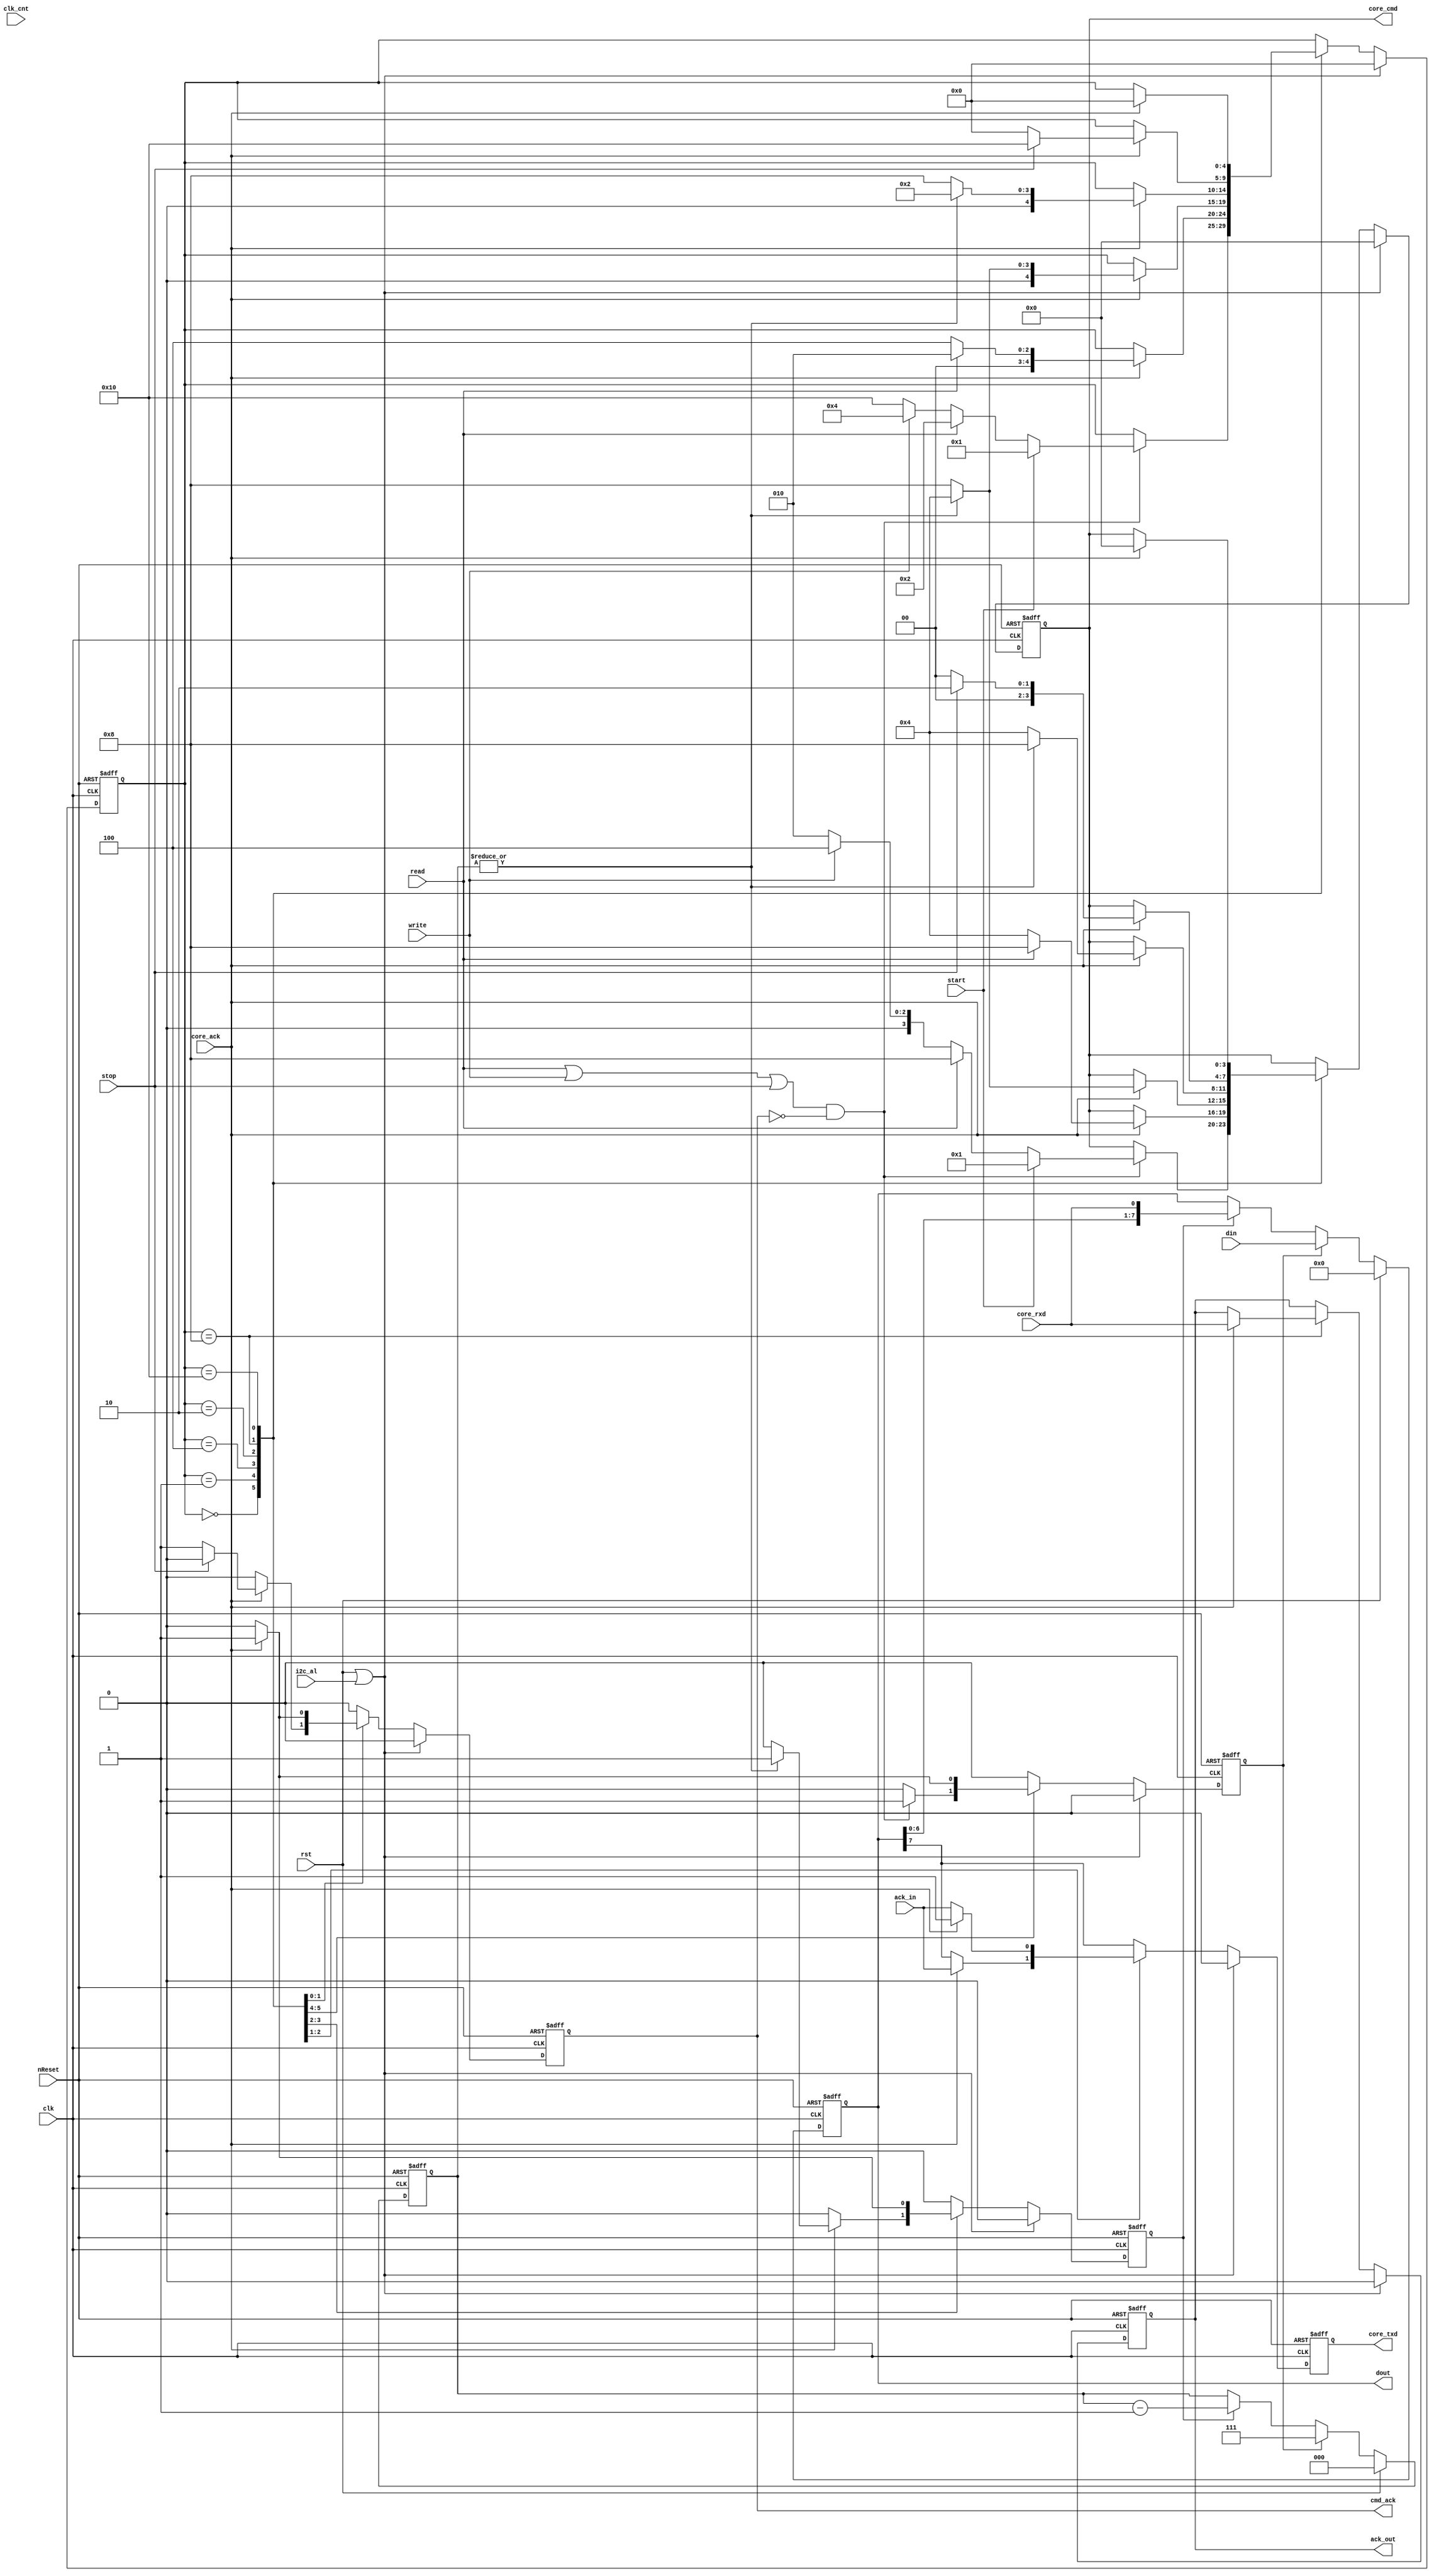
//   ==================================================================
//   >>>>>>>>>>>>>>>>>>>>>>> COPYRIGHT NOTICE <<<<<<<<<<<<<<<<<<<<<<<<<
//   ------------------------------------------------------------------
//   Copyright (c) 2013 by Lattice Semiconductor Corporation
//   ALL RIGHTS RESERVED 
//   ------------------------------------------------------------------
//
//   Permission:
//
//      Lattice SG Pte. Ltd. grants permission to use this code
//      pursuant to the terms of the Lattice Reference Design License Agreement. 
//
//
//   Disclaimer:
//
//      This VHDL or Verilog source code is intended as a design reference
//      which illustrates how these types of functions can be implemented.
//      It is the user's responsibility to verify their design for
//      consistency and functionality through the use of formal
//      verification methods.  Lattice provides no warranty
//      regarding the use or functionality of this code.
//
//   --------------------------------------------------------------------
//
//                  Lattice SG Pte. Ltd.
//                  101 Thomson Road, United Square #07-02 
//                  Singapore 307591
//
//
//                  TEL: 1-800-Lattice (USA and Canada)
//                       +65-6631-2000 (Singapore)
//                       +1-503-268-8001 (other locations)
//
//                  web: http://www.latticesemi.com/
//
//   --------------------------------------------------------------------
//  CVS Log
//
//  $Id: RD#RD1046#source#verilog#i2c_master_byte_ctrl.v,v 1.6 2013-10-10 07:45:06-07 vpatil Exp $
//
//  $Date: 2013-10-10 07:45:06-07 $
//  $Revision: 1.6 $
//  $Author: vpatil $
//  $Locker:  $
//  $State: Exp $
//
// Change History:
//               $Log: RD#RD1046#source#verilog#i2c_master_byte_ctrl.v,v $
//               Revision 1.6  2013-10-10 07:45:06-07  vpatil
//               Updated header.
//
//               Revision 1.5  2013-10-10 07:44:14-07  vpatil
//               ...No comments entered during checkin...
//
//               Revision 1.4  2013-07-04 02:55:59-07  lsccad
//               Automatically checked in.
//
//               Revision 1.7  2004/02/18 11:40:46  rherveille
//               Fixed a potential bug in the statemachine. During a 'stop' 2 cmd_ack signals were generated. Possibly canceling a new start command.
//
//               Revision 1.6  2003/08/09 07:01:33  rherveille
//               Fixed a bug in the Arbitration Lost generation caused by delay on the (external) sda line.
//               Fixed a potential bug in the byte controller's host-acknowledge generation.
//
//               Revision 1.5  2002/12/26 15:02:32  rherveille
//               Core is now a Multimaster I2C controller
//
//               Revision 1.4  2002/11/30 22:24:40  rherveille
//               Cleaned up code
//
//               Revision 1.3  2001/11/05 11:59:25  rherveille
//               Fixed wb_ack_o generation bug.
//               Fixed bug in the byte_controller statemachine.
//               Added headers.
//
//-------------------------------------------------------------------------
// Code Revision History (LSC) :
//-------------------------------------------------------------------------
// Ver: | Author	|Mod. Date	|Changes Made:
// V2.0 | CM		|12/2008        |move bit controller to master_top
//					|output core_cmd, core_txd to bit cntrl
//					|input core_ack, core_rxd from bit cntrl
//					|remove signals for bit cntrl
//-------------------------------------------------------------------------

// synopsys translate_off
//`include "..\..\testbench\verilog\timescale.v"
//`include "timescale.v"
`timescale 1ns / 10ps
// synopsys translate_on

//`include "i2c_master_defines.v"
`define I2C_CMD_NOP   4'b0000
`define I2C_CMD_START 4'b0001
`define I2C_CMD_STOP  4'b0010
`define I2C_CMD_WRITE 4'b0100
`define I2C_CMD_READ  4'b1000

module i2c_master_byte_ctrl (
	clk, rst, nReset, //ena, 
	clk_cnt, start, stop, read, write, ack_in, din,
	cmd_ack, ack_out, dout, //i2c_busy, 
	i2c_al, 
	//scl_i, scl_o, scl_oen, sda_i, sda_o, sda_oen, 
	core_cmd, core_txd, core_rxd, core_ack );

	//
	// inputs & outputs
	//
	input clk;     // master clock
	input rst;     // synchronous active high reset
	input nReset;  // asynchronous active low reset
	//input ena;     // core enable signal

	input [15:0] clk_cnt; // 4x SCL

	// control inputs
	input       start;
	input       stop;
	input       read;
	input       write;
	input       ack_in;
	input [7:0] din;

	// status outputs
	output       cmd_ack;
	reg cmd_ack;
	output       ack_out;
	reg ack_out;
	//output       i2c_busy;
	input       i2c_al;  // i2c_al is output from bit cntrl, but input to byte cntrl now
	output [7:0] dout;

	// I2C signals
	/*input  scl_i;
	output scl_o;
	output scl_oen;
	input  sda_i;
	output sda_o;
	output sda_oen;*/

	// signals for bit_controller
	output  [3:0] core_cmd;
	output        core_txd;
	input         core_ack, core_rxd;

	//
	// Variable declarations
	//

	// statemachine
	parameter [4:0] ST_IDLE  = 5'b0_0000;
	parameter [4:0] ST_START = 5'b0_0001;
	parameter [4:0] ST_READ  = 5'b0_0010;
	parameter [4:0] ST_WRITE = 5'b0_0100;
	parameter [4:0] ST_ACK   = 5'b0_1000;
	parameter [4:0] ST_STOP  = 5'b1_0000;

	// signals for bit_controller
	reg  [3:0] core_cmd;
	reg        core_txd;
	////wire       core_ack, core_rxd;

	// signals for shift register
	reg [7:0] sr; //8bit shift register
	reg       shift, ld;

	// signals for state machine
	wire       go;
	reg  [2:0] dcnt;
	wire       cnt_done;

	//
	// Module body
	//

/*	// hookup bit_controller
	i2c_master_bit_ctrl bit_controller (
		.clk     ( clk      ),
		.rst     ( rst      ),
		.nReset  ( nReset   ),
		.ena     ( ena      ),
		.clk_cnt ( clk_cnt  ),
		.cmd     ( core_cmd ),
		.cmd_ack ( core_ack ),
		.busy    ( i2c_busy ),
		.al      ( i2c_al   ),
		.din     ( core_txd ),
		.dout    ( core_rxd ),
		.scl_i   ( scl_i    ),
		.scl_o   ( scl_o    ),
		.scl_oen ( scl_oen  ),
		.sda_i   ( sda_i    ),
		.sda_o   ( sda_o    ),
		.sda_oen ( sda_oen  )
	); */

	// generate go-signal
	assign go = (read | write | stop) & ~cmd_ack;

	// assign dout output to shift-register
	assign dout = sr;

	// generate shift register
	always @(posedge clk or negedge nReset)
	  if (!nReset)
	    sr <= #1 8'h0;
	  else if (rst)
	    sr <= #1 8'h0;
	  else if (ld)
	    sr <= #1 din;
	  else if (shift)
	    sr <= #1 {sr[6:0], core_rxd};

	// generate counter
	always @(posedge clk or negedge nReset)
	  if (!nReset)
	    dcnt <= #1 3'h0;
	  else if (rst)
	    dcnt <= #1 3'h0;
	  else if (ld)
	    dcnt <= #1 3'h7;
	  else if (shift)
	    dcnt <= #1 dcnt - 3'h1;

	assign cnt_done = ~(|dcnt);

	//
	// state machine
	//
	reg [4:0] c_state; // synopsis enum_state

	always @(posedge clk or negedge nReset)
	  if (!nReset)
	    begin
	        core_cmd <= #1 `I2C_CMD_NOP;
	        core_txd <= #1 1'b0;
	        shift    <= #1 1'b0;
	        ld       <= #1 1'b0;
	        cmd_ack  <= #1 1'b0;
	        c_state  <= #1 ST_IDLE;
	        ack_out  <= #1 1'b0;
	    end
	  else if (rst | i2c_al)
	   begin
	       core_cmd <= #1 `I2C_CMD_NOP;
	       core_txd <= #1 1'b0;
	       shift    <= #1 1'b0;
	       ld       <= #1 1'b0;
	       cmd_ack  <= #1 1'b0;
	       c_state  <= #1 ST_IDLE;
	       ack_out  <= #1 1'b0;
	   end
	else
	  begin
	      // initially reset all signals
	      core_txd <= #1 sr[7];
	      shift    <= #1 1'b0;
	      ld       <= #1 1'b0;
	      cmd_ack  <= #1 1'b0;

	      case (c_state) // synopsys full_case parallel_case
	        ST_IDLE:
	          if (go)
	            begin
	                if (start)
	                  begin
	                      c_state  <= #1 ST_START;
	                      core_cmd <= #1 `I2C_CMD_START;
	                  end
	                else if (read)
	                  begin
	                      c_state  <= #1 ST_READ;
	                      core_cmd <= #1 `I2C_CMD_READ;
	                  end
	                else if (write)
	                  begin
	                      c_state  <= #1 ST_WRITE;
	                      core_cmd <= #1 `I2C_CMD_WRITE;
	                  end
	                else // stop
	                  begin
	                      c_state  <= #1 ST_STOP;
	                      core_cmd <= #1 `I2C_CMD_STOP;
	                  end

	                ld <= #1 1'b1;
	            end

	        ST_START:
	          if (core_ack)
	            begin
	                if (read)
	                  begin
	                      c_state  <= #1 ST_READ;
	                      core_cmd <= #1 `I2C_CMD_READ;
	                  end
	                else
	                  begin
	                      c_state  <= #1 ST_WRITE;
	                      core_cmd <= #1 `I2C_CMD_WRITE;
	                  end

	                ld <= #1 1'b1;
	            end

	        ST_WRITE:
	          if (core_ack)
	            if (cnt_done)
	              begin
	                  c_state  <= #1 ST_ACK;
	                  core_cmd <= #1 `I2C_CMD_READ;
	              end
	            else
	              begin
	                  c_state  <= #1 ST_WRITE;       // stay in same state
	                  core_cmd <= #1 `I2C_CMD_WRITE; // write next bit
	                  shift    <= #1 1'b1;
	              end

	        ST_READ:
	          if (core_ack)
	            begin
	                if (cnt_done)
	                  begin
	                      c_state  <= #1 ST_ACK;
	                      core_cmd <= #1 `I2C_CMD_WRITE;
	                  end
	                else
	                  begin
	                      c_state  <= #1 ST_READ;       // stay in same state
	                      core_cmd <= #1 `I2C_CMD_READ; // read next bit
	                  end

	                shift    <= #1 1'b1;
	                core_txd <= #1 ack_in;
	            end

	        ST_ACK:
	          if (core_ack)
	            begin
	               if (stop)
	                 begin
	                     c_state  <= #1 ST_STOP;
	                     core_cmd <= #1 `I2C_CMD_STOP;
	                 end
	               else
	                 begin
	                     c_state  <= #1 ST_IDLE;
	                     core_cmd <= #1 `I2C_CMD_NOP;

	                     // generate command acknowledge signal
	                     cmd_ack  <= #1 1'b1;
	                 end

	                 // assign ack_out output to bit_controller_rxd (contains last received bit)
	                 ack_out <= #1 core_rxd;

	                 core_txd <= #1 1'b1;
	             end
	           else
	             core_txd <= #1 ack_in;

	        ST_STOP:
	          if (core_ack)
	            begin
	                c_state  <= #1 ST_IDLE;
	                core_cmd <= #1 `I2C_CMD_NOP;

	                // generate command acknowledge signal
	                cmd_ack  <= #1 1'b1;
	            end

	      endcase
	  end
endmodule